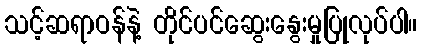
သင့်ဆရာဝန်နဲ့ တိုင်ပင်ဆွေးနွေးမှုပြုလုပ်ပါ။